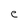
Character: e